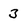
Character: 3